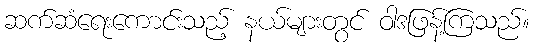
ဆက်ဆံရေးကောင်းသည့် နယ်များတွင် ဝါဒဖြန့်ကြသည်။